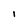
Character: I